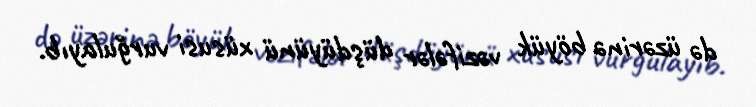
də üzərinə böyük vəzifələr düşdüyünü xüsusi vurğulayıb.